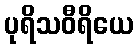
ပုရိသဝီရိယေ